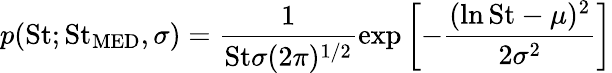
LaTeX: p(\mathrm{St};\mathrm{St}_{\mathrm{MED}},\sigma)=\frac{1}{\mathrm{St}\sigma(2\pi)^{1/2}}\exp\left[-\frac{(\ln\mathrm{St}-\mu)^{2}}{2\sigma^{2}}\right]